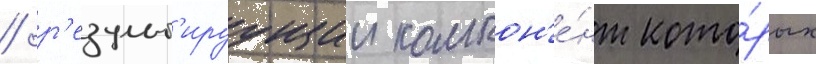
/ р'езульт'ируущии компон'е́нт кото́рых